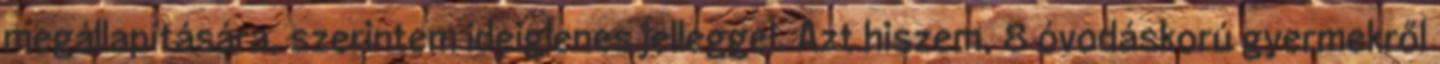
megállapítására, szerintem ideiglenes jelleggel. Azt hiszem, 8 óvodáskorú gyermekről